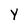
Character: y